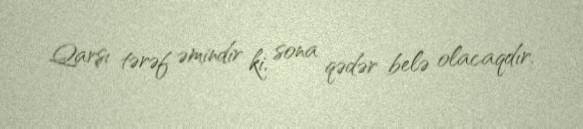
Qarşı tərəf əmindir ki, sona qədər belə olacaqdır.